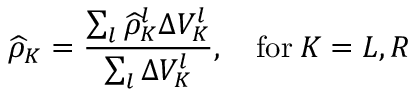
\widehat { \rho } _ { K } = \frac { \sum _ { l } \widehat { \rho } _ { K } ^ { l } \Delta V _ { K } ^ { l } } { \sum _ { l } \Delta V _ { K } ^ { l } } , \quad \mathrm { f o r } \: K = L , R